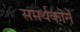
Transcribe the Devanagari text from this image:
समर्थकोने